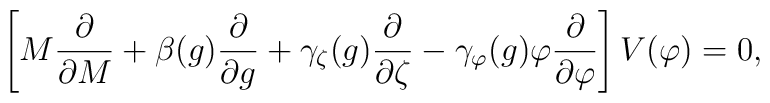
\left[ M{\partial \over \partial M} + \beta(g){\partial \over \partial g}+ \gamma_\zeta(g){\partial \over \partial \zeta}- \gamma_\varphi(g) \varphi {\partial \over \partial \varphi} \right] V(\varphi) = 0 ,